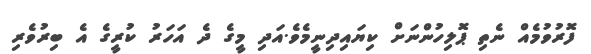
ފޮރުވުމެއް ނެތި ޕޮލިހުންނަށް ކިޔައިދިނީމެވެ.އަދި މީގެ ދެ އަހަރު ކުރީގެ އެ ބިރުވެރި